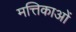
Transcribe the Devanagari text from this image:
मत्तिकाओं